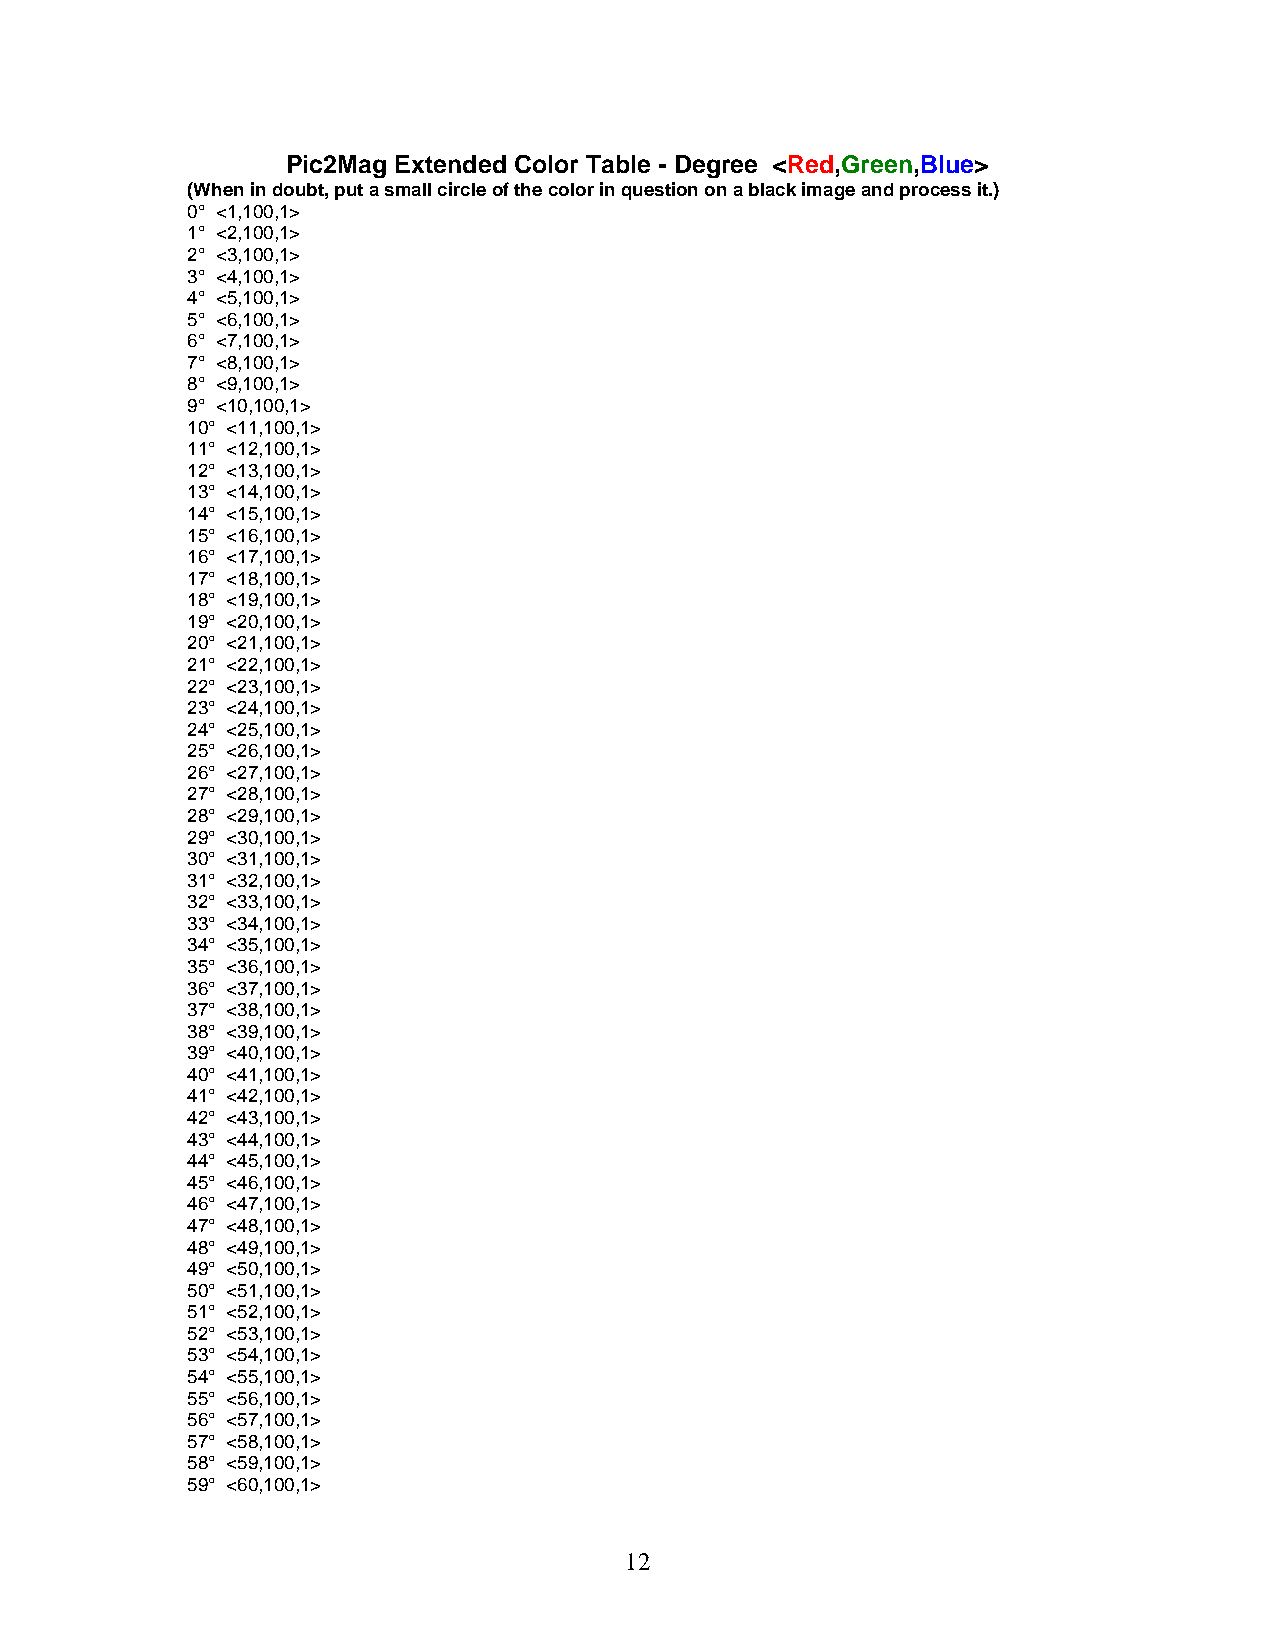
Pic2Mag Extended Color Table - Degree <Red,Green,Blue>
 (When in doubt, put a small circle of the color in question on a black image and process it.)
 0° <1,100,1>
 1° <2,100,1>
 2° <3,100,1>
 3° <4,100,1>
 4° <5,100,1>
 5° <6,100,1>
 6° <7,100,1>
 7° <8,100,1>
 8° <9,100,1>
 9° <10,100,1>
 10° <11,100,1>
 11° <12,100,1>
 12° <13,100,1>
 13° <14,100,1>
 14° <15,100,1>
 15° <16,100,1>
 16° <17,100,1>
 17° <18,100,1>
 18° <19,100,1>
 19° <20,100,1>
 20° <21,100,1>
 21° <22,100,1>
 22° <23,100,1>
 23° <24,100,1>
 24° <25,100,1>
 25° <26,100,1>
 26° <27,100,1>
 27° <28,100,1>
 28° <29,100,1>
 29° <30,100,1>
 30° <31,100,1>
 31° <32,100,1>
 32° <33,100,1>
 33° <34,100,1>
 34° <35,100,1>
 35° <36,100,1>
 36° <37,100,1>
 37° <38,100,1>
 38° <39,100,1>
 39° <40,100,1>
 40° <41,100,1>
 41° <42,100,1>
 42° <43,100,1>
 43° <44,100,1>
 44° <45,100,1>
 45° <46,100,1>
 46° <47,100,1>
 47° <48,100,1>
 48° <49,100,1>
 49° <50,100,1>
 50° <51,100,1>
 51° <52,100,1>
 52° <53,100,1>
 53° <54,100,1>
 54° <55,100,1>
 55° <56,100,1>
 56° <57,100,1>
 57° <58,100,1>
 58° <59,100,1>
 59° <60,100,1>
 12